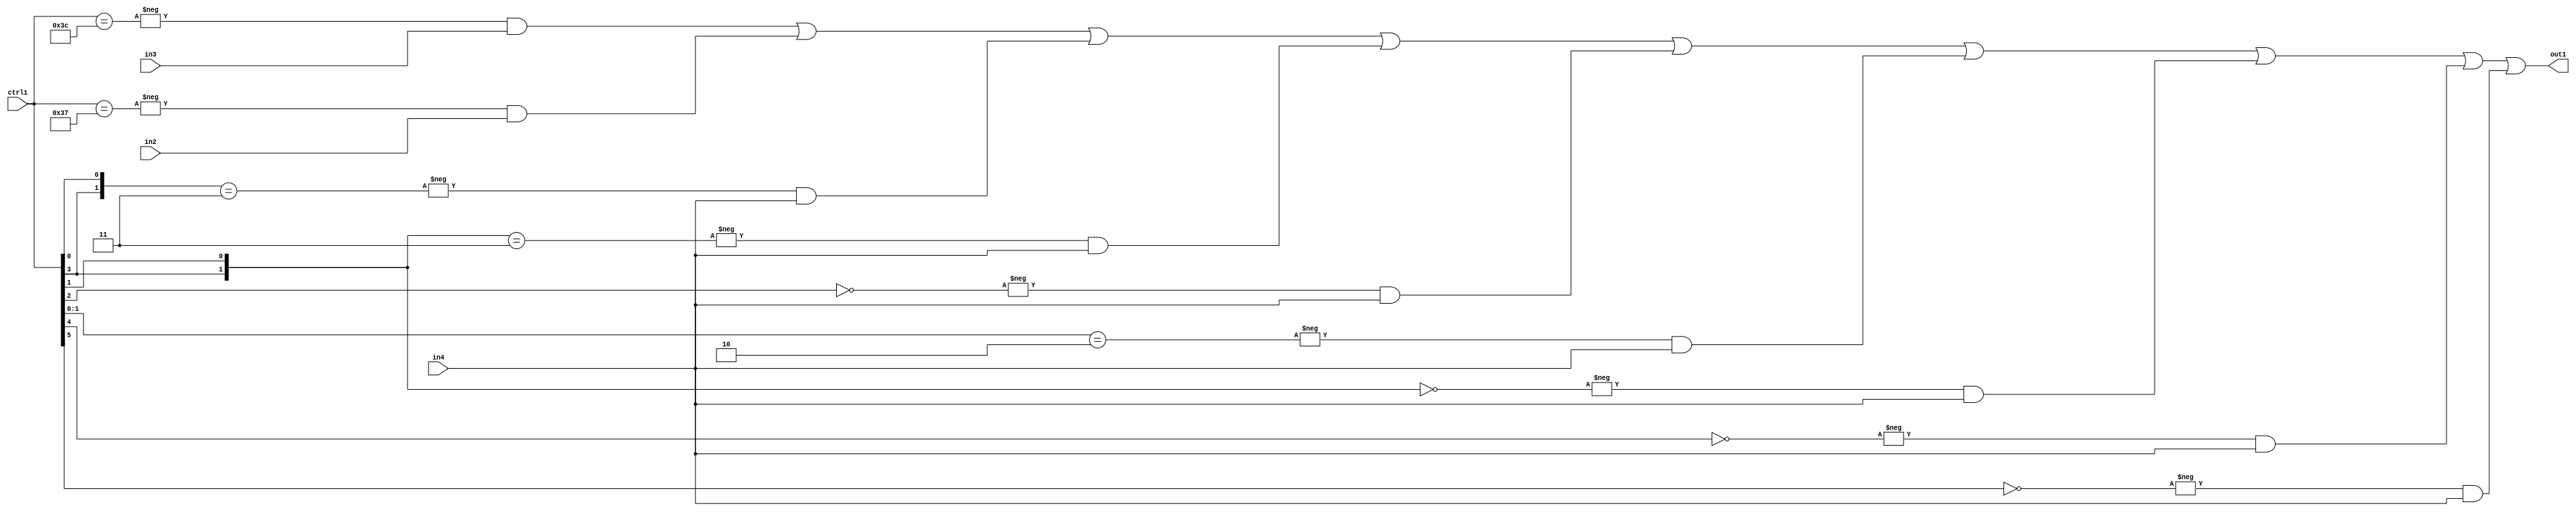
`timescale 1ps / 1ps
/*****************************************************************************
    Verilog RTL Description
    
    
    Created by: Stratus DpOpt 21.05.01 
*******************************************************************************/

module SobelFilter_N_Mux_32_3_88_1 (
	in4,
	in3,
	in2,
	ctrl1,
	out1
	); /* architecture "behavioural" */ 
input [31:0] in4;
input [8:0] in3,
	in2;
input [5:0] ctrl1;
output [31:0] out1;
wire [31:0] asc001;

assign asc001 = 
	-{ctrl1 == 6'B111100} & in3 |
	-{ctrl1 == 6'B110111} & in2 |
	-{{ctrl1[3], ctrl1[0]} == 2'B11} & in4 |
	-{{ctrl1[3], ctrl1[1]} == 2'B11} & in4 |
	-{ctrl1[2] == 1'B0} & in4 |
	-{ctrl1[1:0] == 2'B10} & in4 |
	-{{ctrl1[3], ctrl1[1]} == 2'B00} & in4 |
	-{ctrl1[4] == 1'B0} & in4 |
	-{ctrl1[5] == 1'B0} & in4 ;

assign out1 = asc001;
endmodule

/* CADENCE  vrXySg0= : u9/ySxbfrwZIxEzHVQQV8Q== ** DO NOT EDIT THIS LINE ******/